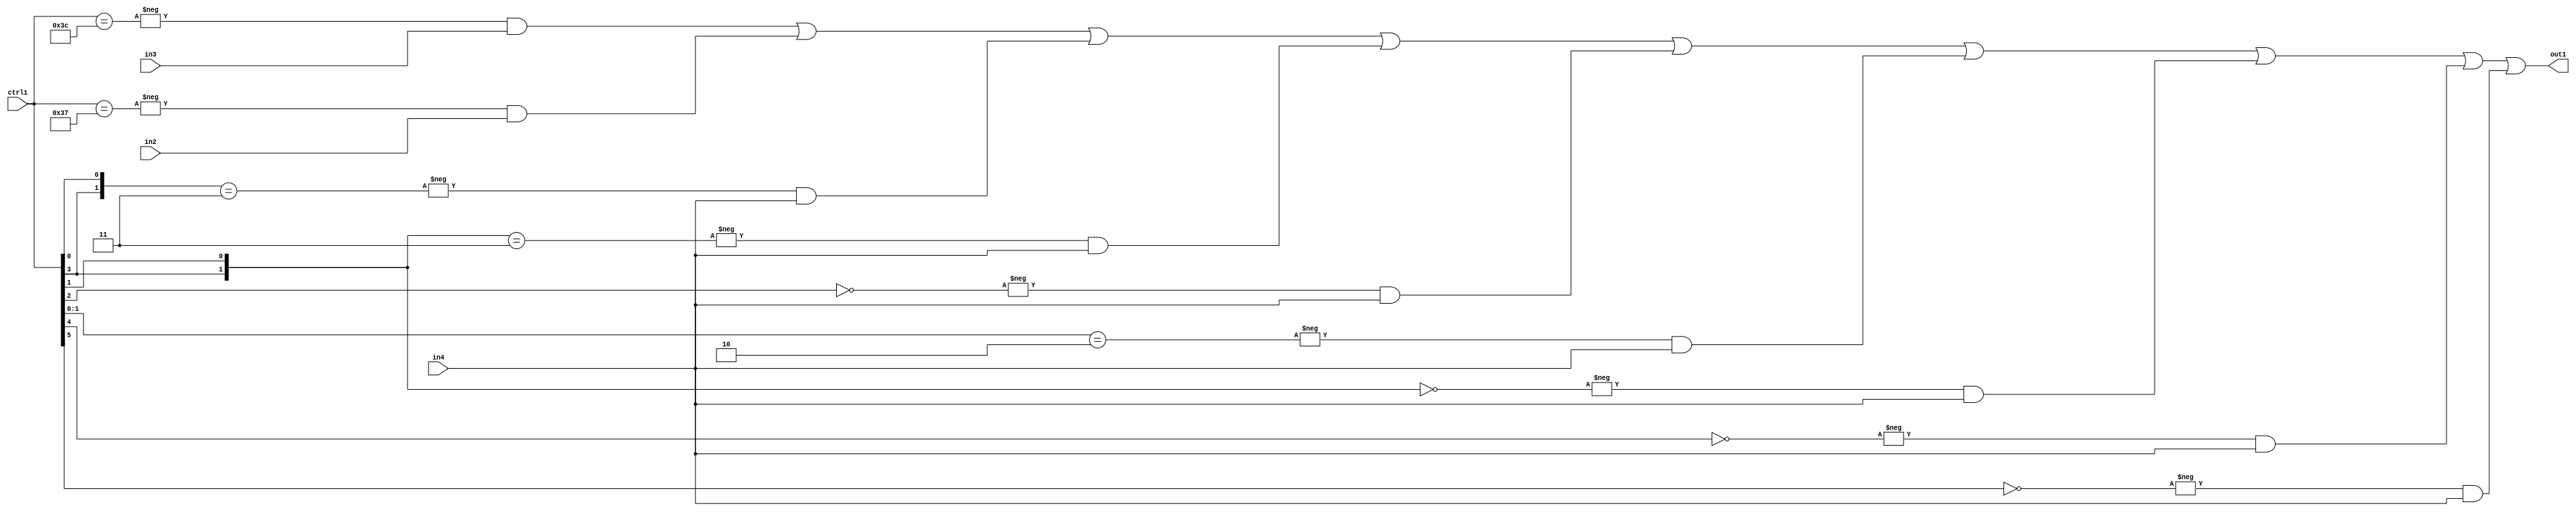
`timescale 1ps / 1ps
/*****************************************************************************
    Verilog RTL Description
    
    
    Created by: Stratus DpOpt 21.05.01 
*******************************************************************************/

module SobelFilter_N_Mux_32_3_88_1 (
	in4,
	in3,
	in2,
	ctrl1,
	out1
	); /* architecture "behavioural" */ 
input [31:0] in4;
input [8:0] in3,
	in2;
input [5:0] ctrl1;
output [31:0] out1;
wire [31:0] asc001;

assign asc001 = 
	-{ctrl1 == 6'B111100} & in3 |
	-{ctrl1 == 6'B110111} & in2 |
	-{{ctrl1[3], ctrl1[0]} == 2'B11} & in4 |
	-{{ctrl1[3], ctrl1[1]} == 2'B11} & in4 |
	-{ctrl1[2] == 1'B0} & in4 |
	-{ctrl1[1:0] == 2'B10} & in4 |
	-{{ctrl1[3], ctrl1[1]} == 2'B00} & in4 |
	-{ctrl1[4] == 1'B0} & in4 |
	-{ctrl1[5] == 1'B0} & in4 ;

assign out1 = asc001;
endmodule

/* CADENCE  vrXySg0= : u9/ySxbfrwZIxEzHVQQV8Q== ** DO NOT EDIT THIS LINE ******/